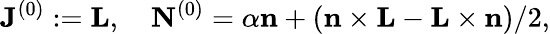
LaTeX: {\mathbf J}^{(0)}:={\mathbf L},\quad{\mathbf N}^{(0)}={\alpha}{\mathbf n}+({\mathbf n}\times{\mathbf L}-{\mathbf L}\times{\mathbf n})/2,